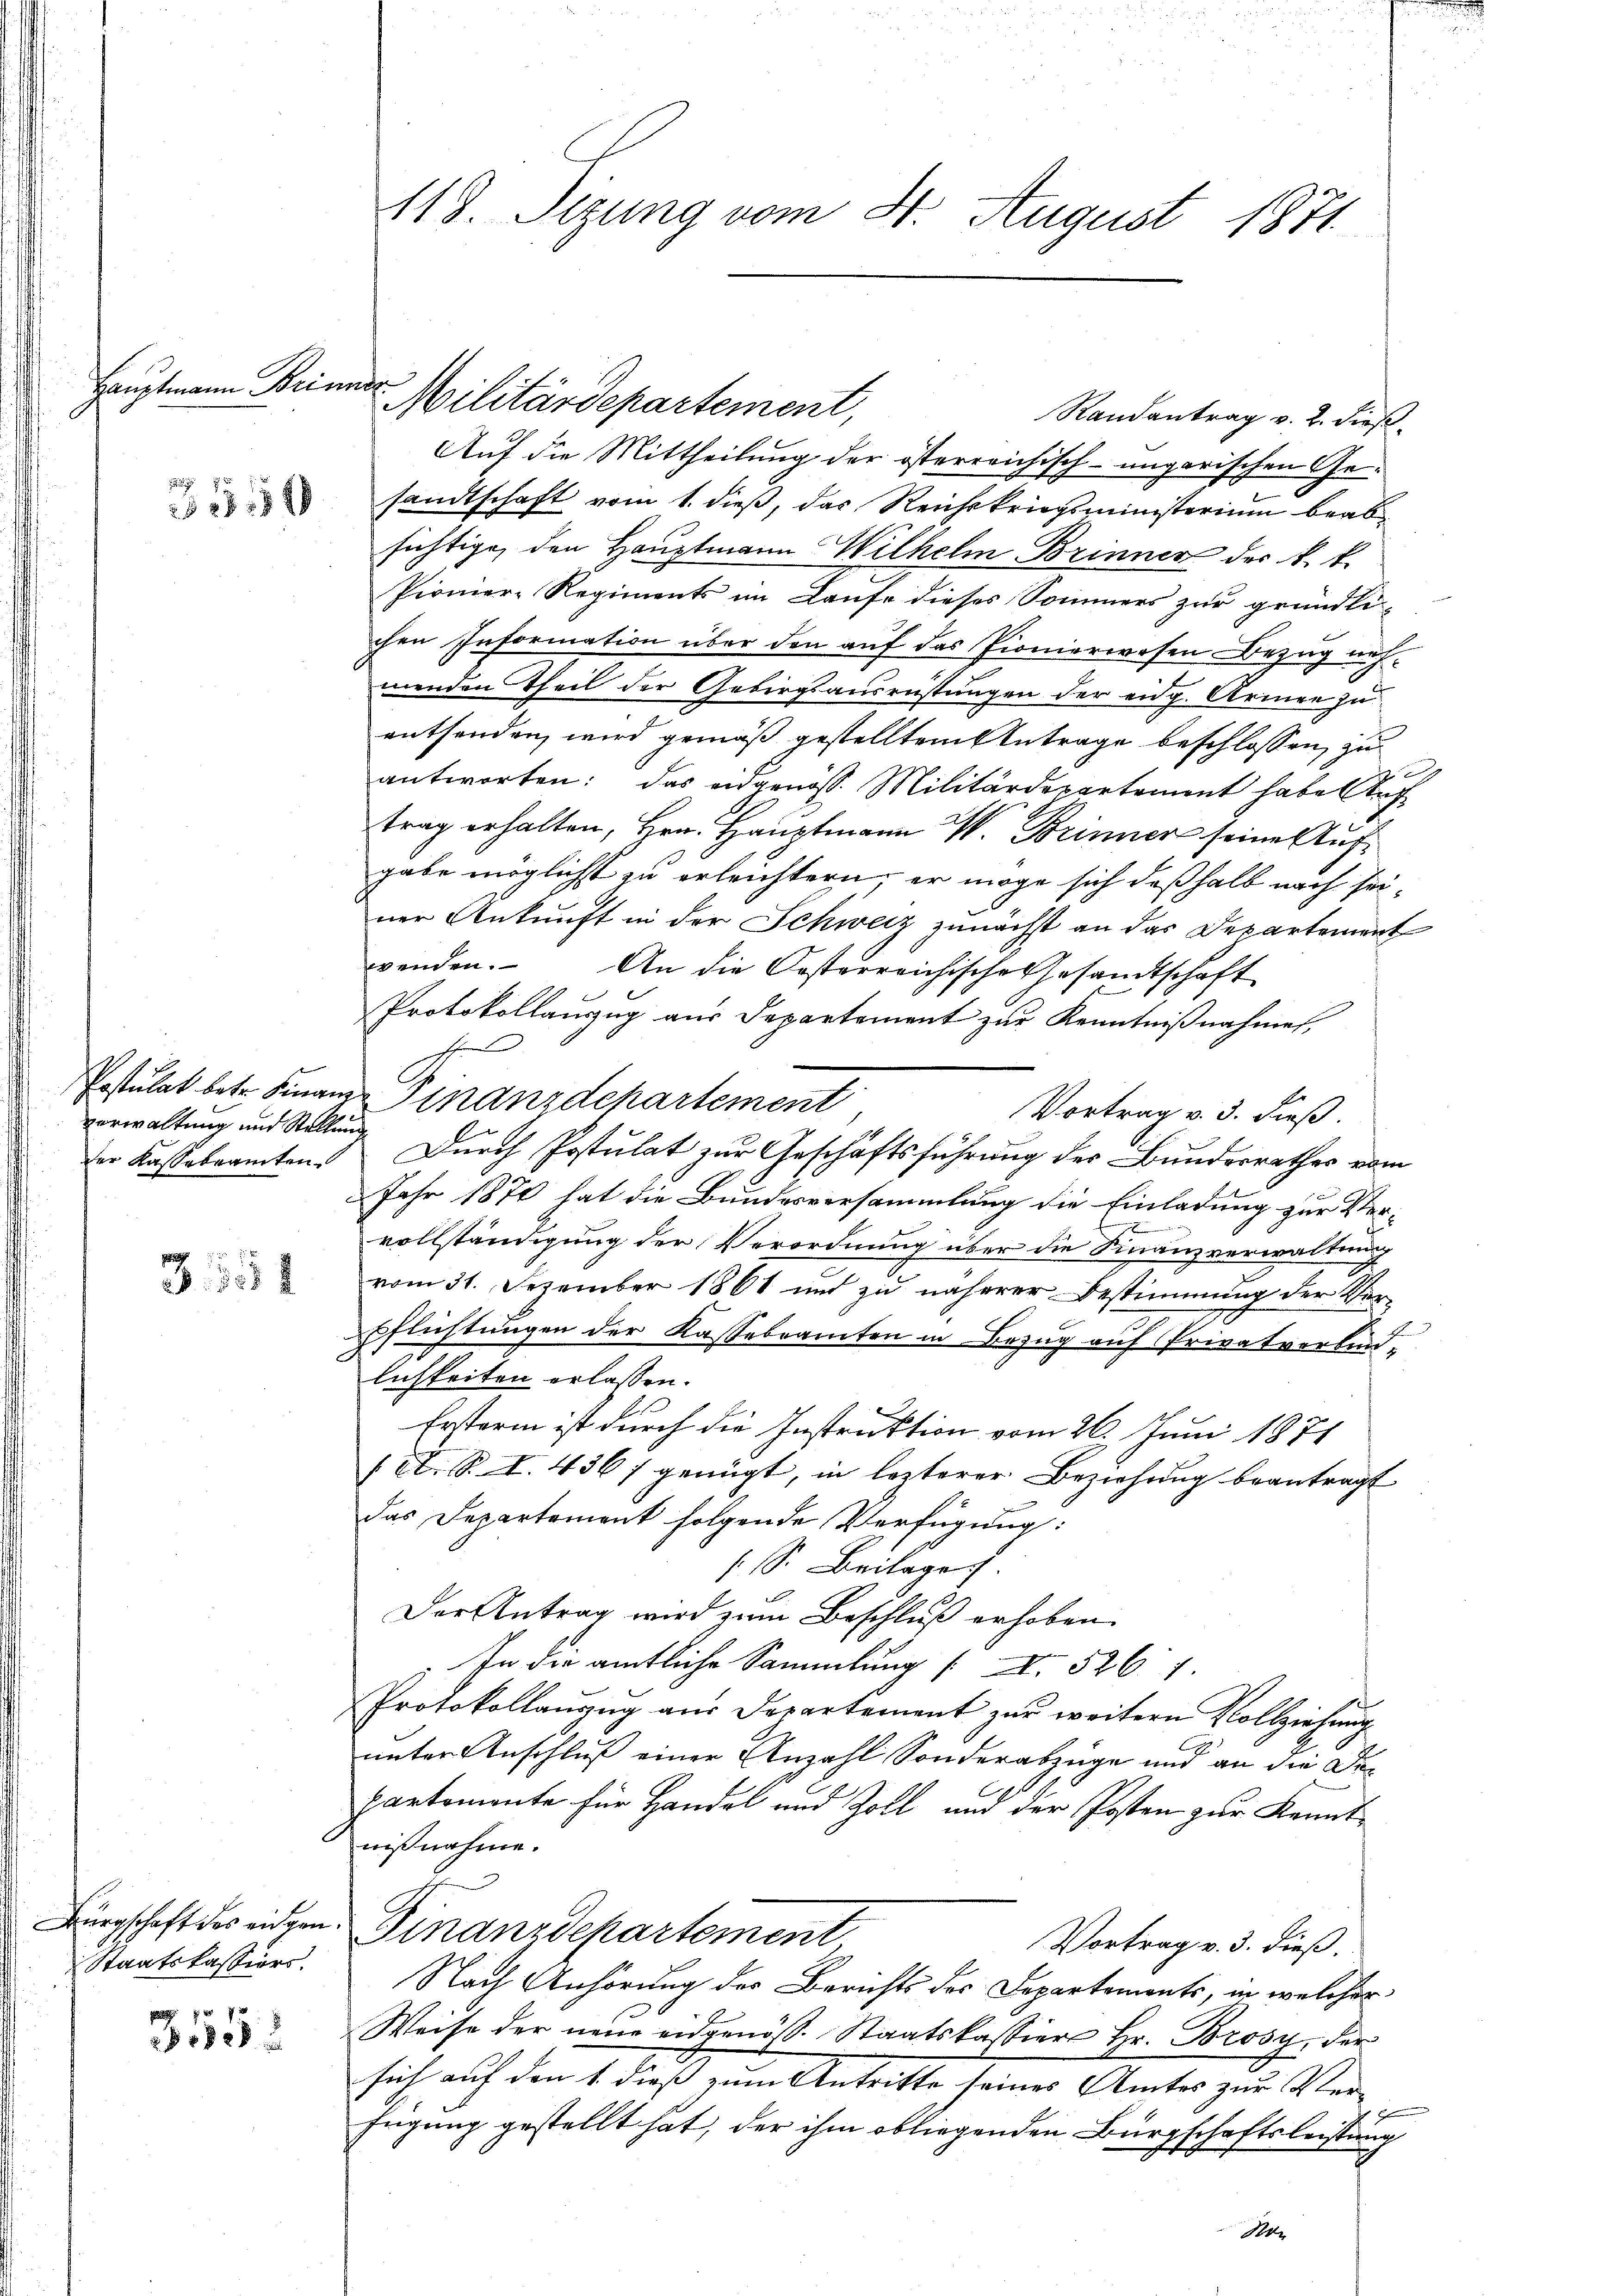
Hauptmann Brinner

31519

verwaltung und Stellung
der Kassebeamten

3. 552

Bürgschaft des eidgen
Staatskassiers.
 7

2

118. Sizung vom St. August 1871

Militärdepartement,
Randantrag v. 2. dieß.
Auf die Mittheilung der österreichisch-ungarischen Gesandtschaft vom 1. dieß, das Reichskriegsministerium beabsichtige, den Hauptmann Wilhelm Brinner der k. k.
Pionier-Regiments im Laufe dieses Sommers zur gründli-
chen Information über den auf das Pionierwesen Bezug nehmenden Theil der Gebirgsausrüstungen der eidg. Armen zu
enthenden, wird gemäß gestelltem Antrage beschlossen, zu
e
antworten: das eidgenöss. Militärdepartement habe Auf
trag erhalten, Hrn. Hauptmann W. Brinner seine Aufgabe möglichst zu erleichtern, er möge sich deßhalb nach seiner Ankunft in der Schweiz zunächst an das Departement
wenden. An die Kosterreichische Gesandtschaft
Protokollauszug aus Departement zur Kenntnißnahmen,
s
Pstulat betr. Finanze Finanzdepartement
Vortrag v. 3. dieß.
Durch Postulat zur Geschäftsführung des Bundesrathes vom
Jahr 1870 hat die Bundesversammlung die Einladung zur Vervollständigung der Verordnung über die Finanzverwaltung
vom 31. Dezember 1861 und zu näherer Bestimmung der Ver-
Pflichtungen der Kasseramten in Bezug auf Privatverbindlichkeiten erlassen.
Ersterin ist durch die Instruktion vom 26. Juni 1871
(St. S. I. 436) genügt, in lezterer Beziehung beantragt
das Departement folgende Verfügung:
 Sr. Beilage.
Der Antrag wird zum Beschluß erhoben
. In der amtliche Sammlung / XI. 526. 1.
Protokollaŭzŭg aŭs Departement zur weitern Vollziehŭng
unter Anschluß einer Anzahl Sonderabzüge und an die Departemonte für Handel und Zoll und der Posten zur Kenntnißnahme.
Finanzdepartement
Vortrag v. 3. dieß.
Nach Anhörung der Berichts des Departements, in welcher
Weise der neue eidgenöß. Staatskassiert Hr. Brosy, der
sich auf den 1. dieß zum Antritte seines Amtes zur Ver-
Frgung gestellt hat, der ihm obliegenden Bürgschaftsleistung
10